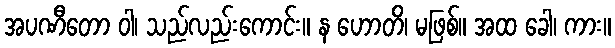
အပဏီတော ဝါ၊ သည်လည်းကောင်း။ န ဟောတိ၊ မဖြစ်။ အထ ခေါ၊ ကား။